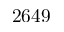
2 6 4 9